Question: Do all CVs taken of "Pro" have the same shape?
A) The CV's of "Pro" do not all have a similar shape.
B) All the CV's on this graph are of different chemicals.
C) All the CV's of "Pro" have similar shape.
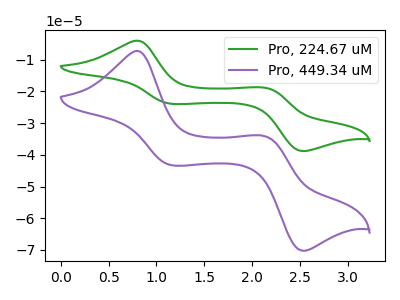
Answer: <think>The green curve "Pro, 224.67 uM" has anodic peaks at (0.80V, -4.00uA) (2.15V, -18.85uA) and cathodic peaks at (1.15V, -23.95uA) (2.55V, -38.80uA). The purple curve "Pro, 449.34 uM" has anodic peaks at (0.80V, -7.25uA) (2.15V, -34.10uA) and cathodic peaks at (1.15V, -43.30uA) (2.55V, -70.25uA).
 All the peaks in "Pro, 224.67 uM" have a peak in "Pro, 449.34 uM" at the same potential.</think>
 <answer>C) All the CV's of "Pro" have similar shape.</answer>
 <eval>C</eval>